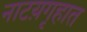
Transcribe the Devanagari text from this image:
नाटय़गृहात